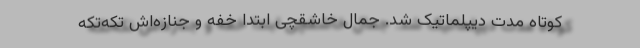
کوتاه مدت دیپلماتیک شد. جمال خاشقچی ابتدا خفه و جنازه‌اش تکه‌تکه